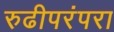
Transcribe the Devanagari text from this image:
रुढीपरंपरा